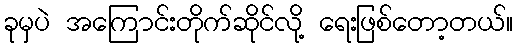
ခုမှပဲ အကြောင်းတိုက်ဆိုင်လို့ ရေးဖြစ်တော့တယ်။